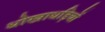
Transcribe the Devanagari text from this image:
धोखाधड़ियों